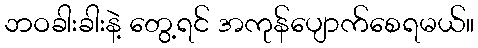
ဘဝခါးခါးနဲ့ တွေ့ရင် အကုန်ပျောက်စေရမယ်။